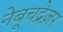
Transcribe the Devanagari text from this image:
नेबूचद्रेज़र